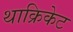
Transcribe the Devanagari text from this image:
थाक्रिकेट